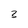
Character: 3